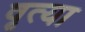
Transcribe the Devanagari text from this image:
वृत्या